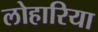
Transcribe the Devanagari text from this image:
लोहारिया